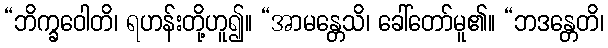
“ဘိက္ခဝေါတိ၊ ရဟန်းတို့ဟူ၍။ “အာမန္တေသိ၊ ခေါ်တော်မူ၏။ “ဘဒန္တေတိ၊